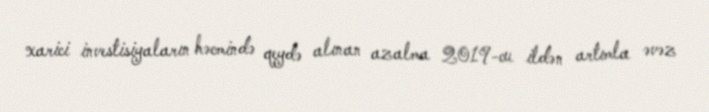
xarici investisiyaların həcmində qeydə alınan azalma 2019-cu ildən artımla əvəz